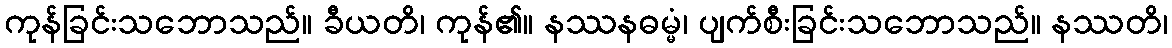
ကုန်ခြင်းသဘောသည်။ ခီယတိ၊ ကုန်၏။ နဿနဓမ္မံ၊ ပျက်စီးခြင်းသဘောသည်။ နဿတိ၊